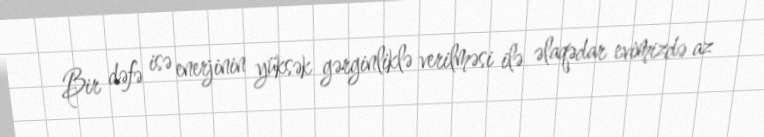
Bir dəfə isə enerjinin yüksək gərginliklə verilməsi ilə əlaqədar evimizdə az